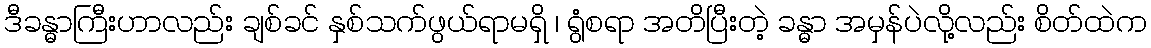
ဒီခန္ဓာကြီးဟာလည်း ချစ်ခင် နှစ်သက်ဖွယ်ရာမရှိ ၊ ရွံစရာ အတိပြီးတဲ့ ခန္ဓာ အမှန်ပဲလို့လည်း စိတ်ထဲက